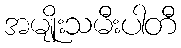
အမျိုးသမီးပါတီ